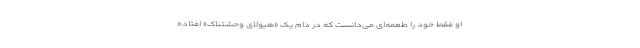
او فقط خود را طعمه‌ای می‌دانست که در دام یک «هیولای وحشتناک» افتاده